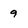
Character: 9